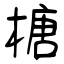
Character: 榶